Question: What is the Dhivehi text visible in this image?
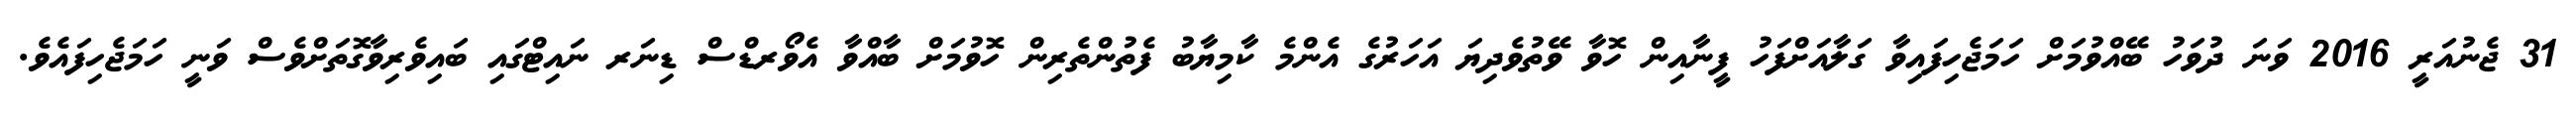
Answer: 31 ޖެނުއަރީ 2016 ވަނަ ދުވަހު ބޭއްވުމަށް ހަމަޖެހިފައިވާ ގަލާއަށްފަހު ފީނާއިން ހޮވާ ވޭތުވެދިޔަ އަހަރުގެ އެންމެ ކާމިޔާބު ފެތުންތެރިން ހޮވުމަށް ބާއްވާ އެވޯރޑްސް ޑިނަރ ނައިޓްގައި ބައިވެރިވާގޮތަށްވެސް ވަނީ ހަމަޖެހިފައެވެ.